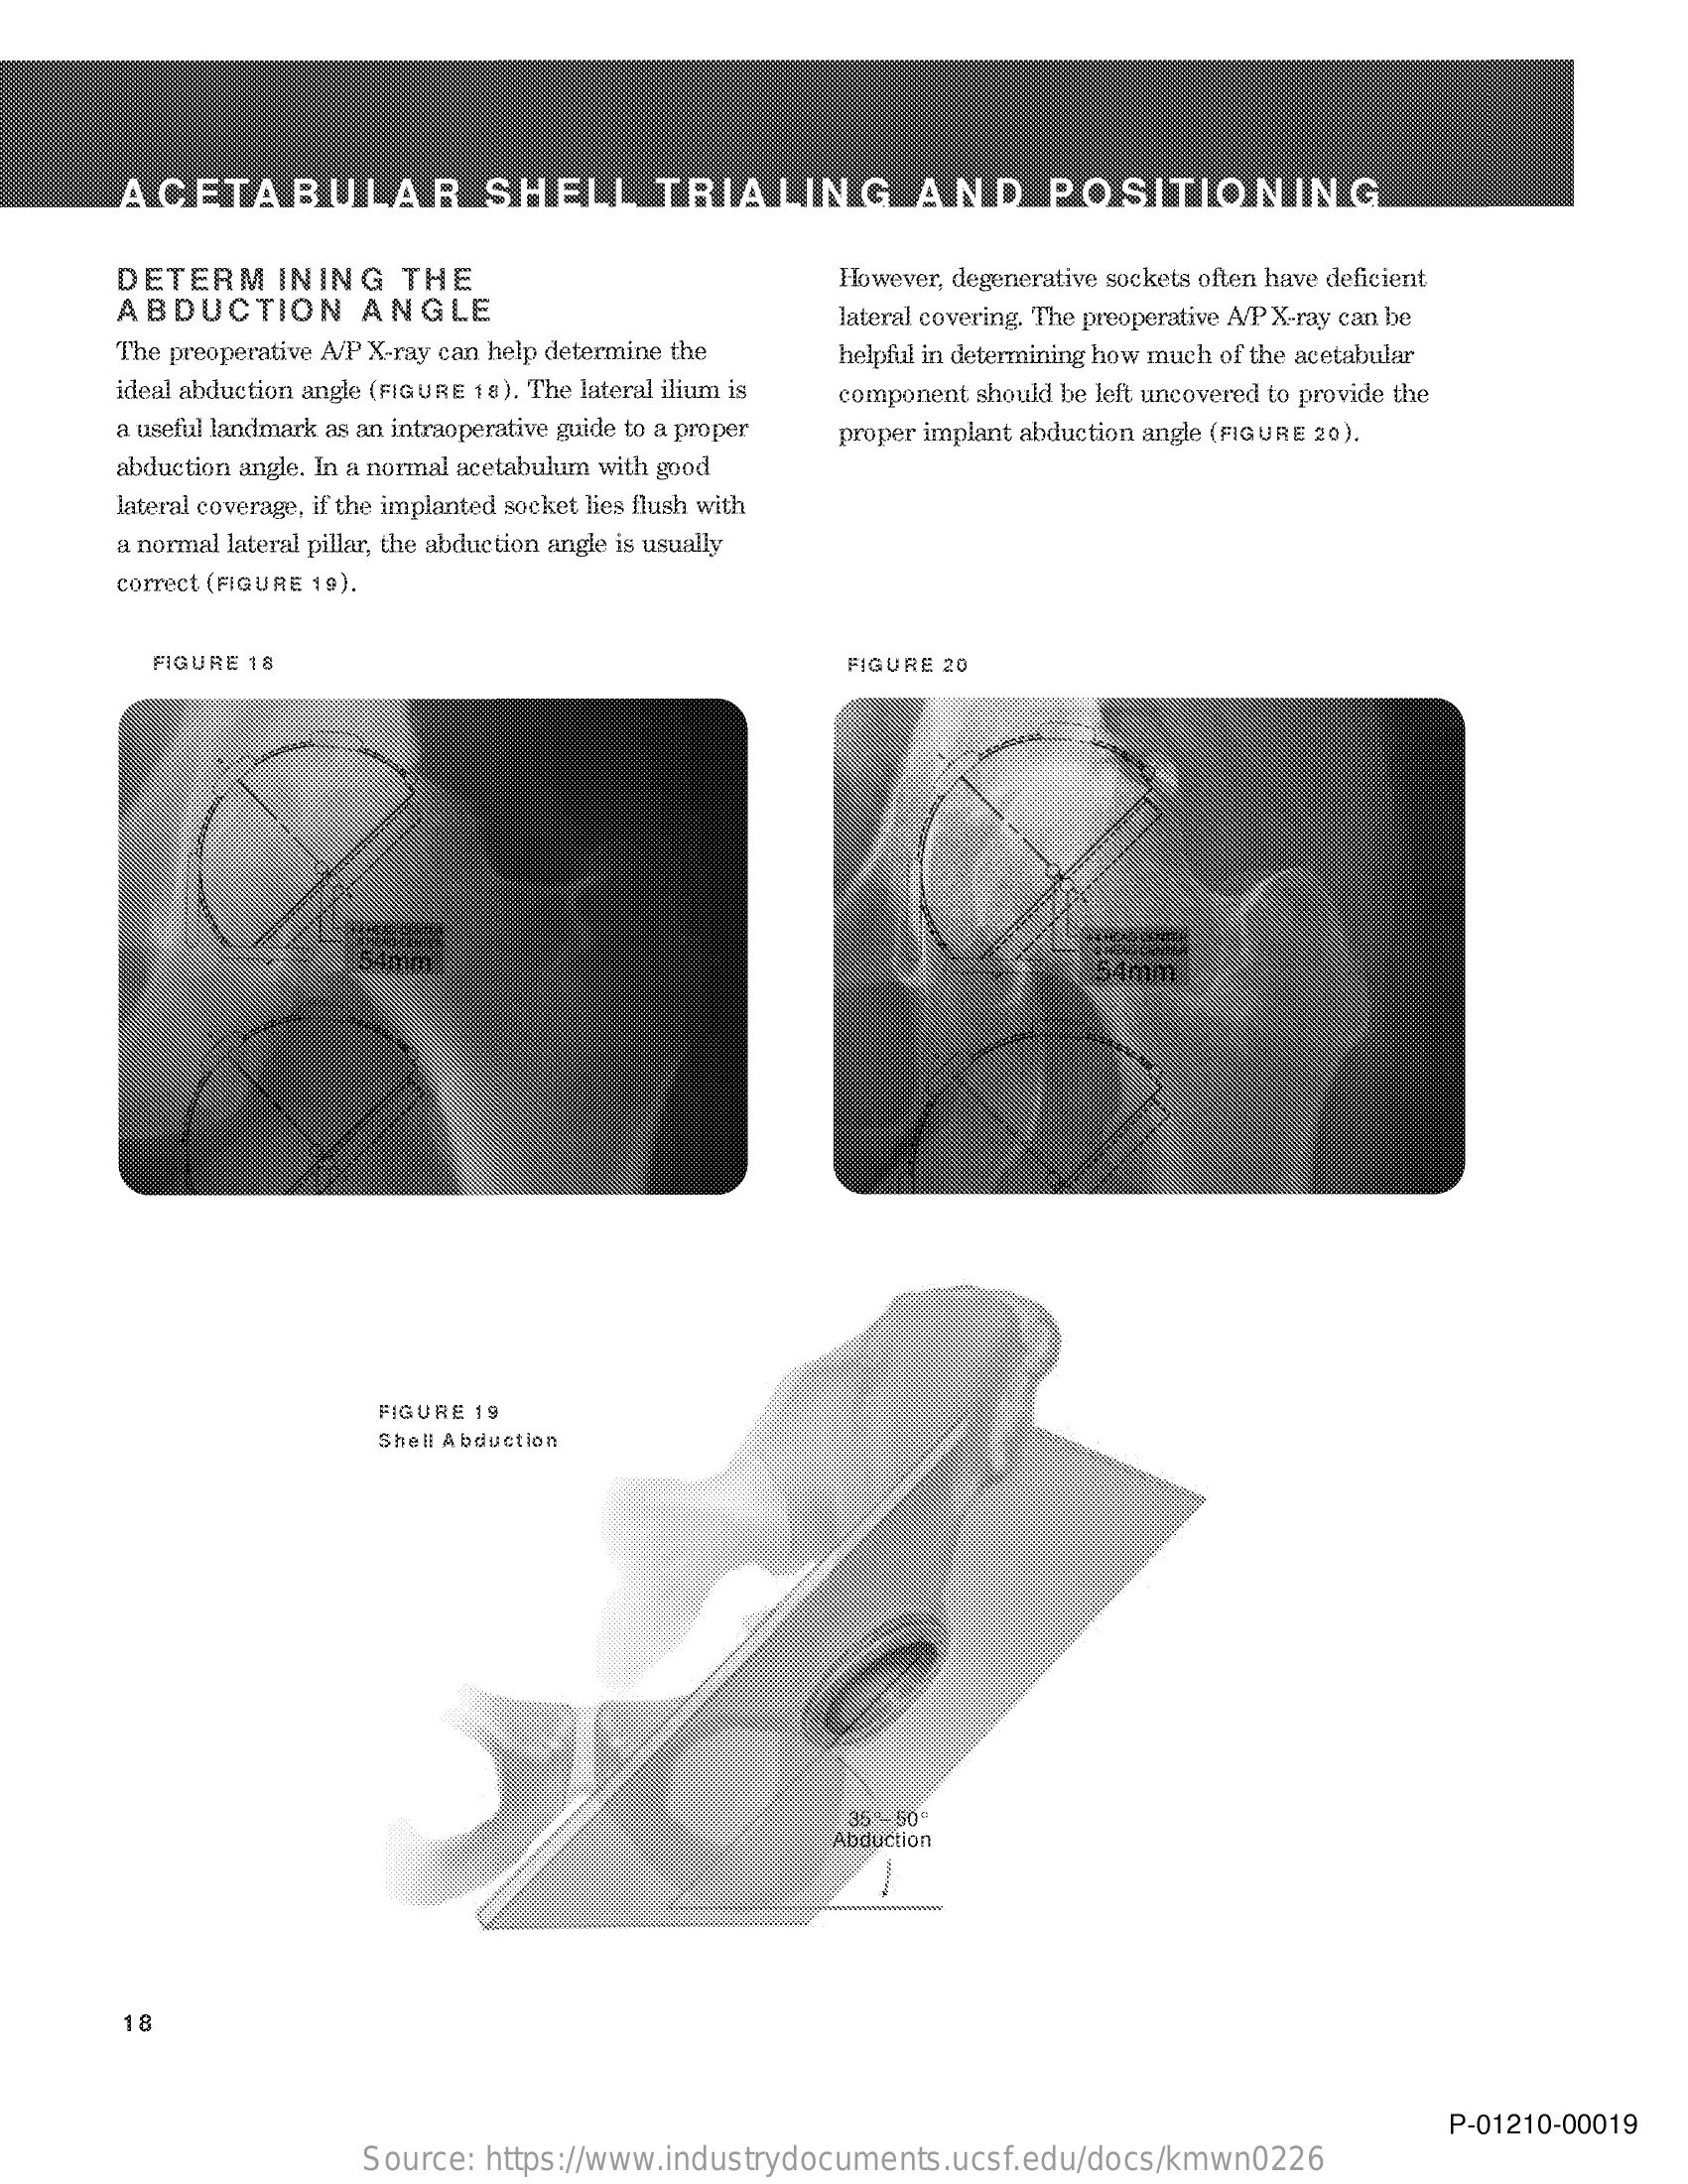
ACETABULAR    SHELL    TRIALING    AND    POSITIONING
     DETERMINING    THE
     ABDUCTION    ANGLE
     However, degenerative sockets often have deficient
     lateral covering. The preoperative A/P X-ray can be
     The preoperative A/P X-ray can help determine the
     ideal abduction angle (FIGURE 18). The lateral ilium is
     helpful in determining how much of the acetabular
     component should be left uncovered to provide the
     a useful landmark as an intraoperative guide to a proper
     abduction angle. In a normal acetabulum with good
     proper implant abduction angle (FIGURE 20).
     lateral coverage, if the implanted socket lies flush with
     a normal lateral pillar, the abduction angle is usually
     correct (FIGURE 19).
     FIGURE 18    FIGURE 20
     FIGURE 19
     Shell Abduction
     35 - 50"
     Abduction
     18
     P-01210-00019
     Source: https://www.industrydocuments.ucsf.edu/docs/kmwn0226